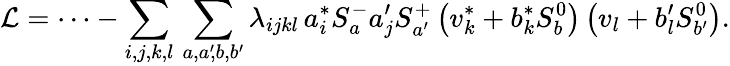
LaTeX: {\cal L}=\cdots-\sum_{i,j,k,l}\, \sum_{a,a^{\prime}\! ,b,b^{\prime}}\lambda_{ijkl}\, a_{i}^{*}S_{a}^{-}a_{j}^{\prime}S_{a^{\prime}}^{+}\left(v_{k}^{*}+b_{k}^{*}S_{b}^{0}\right)\left(v_{l}+b_{l}^{\prime}S_{b^{\prime}}^{0}\right).